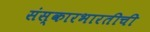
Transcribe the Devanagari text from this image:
संस्कारभारतीची